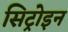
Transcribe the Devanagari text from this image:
सिट्रोइन